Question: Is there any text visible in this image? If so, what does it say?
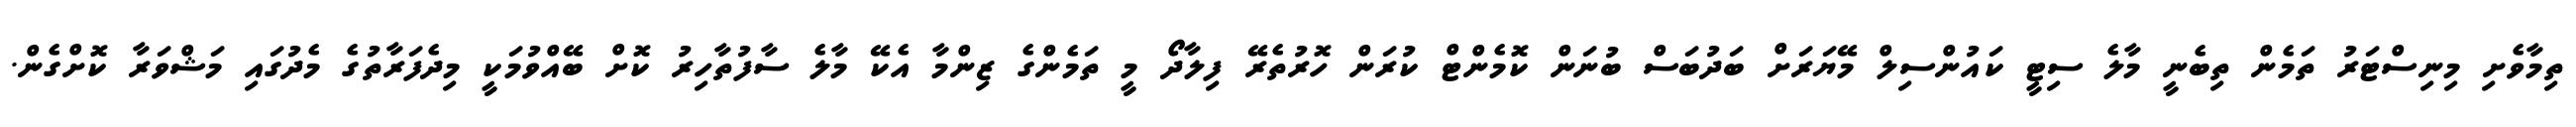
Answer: ތިމާވެށި މިނިސްޓަރު ތަމެން ތިބެނީ މާލެ ސިޓީ ކައުންސިލް މޭޔަރަށް ބަދުބަސް ބުނަން ކޮމެންޓް ކުރަން ހޮރުތެރޭ ފިލާދޯ މީ ތަމެންގެ ޒިންމާ އެކޭ މާލެ ސާފުތާހިރު ކޮށް ބޭއްވުމަކީ މިދެފަރާތުގެ މެދުގައި މަޝްވަރާ ކޮށްގެން.